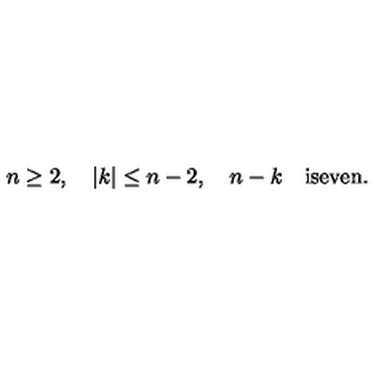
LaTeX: n \geq 2 , \quad | k | \leq n - 2 , \quad n - k \mathrm { \quad } \mathrm { i s e v e n } .